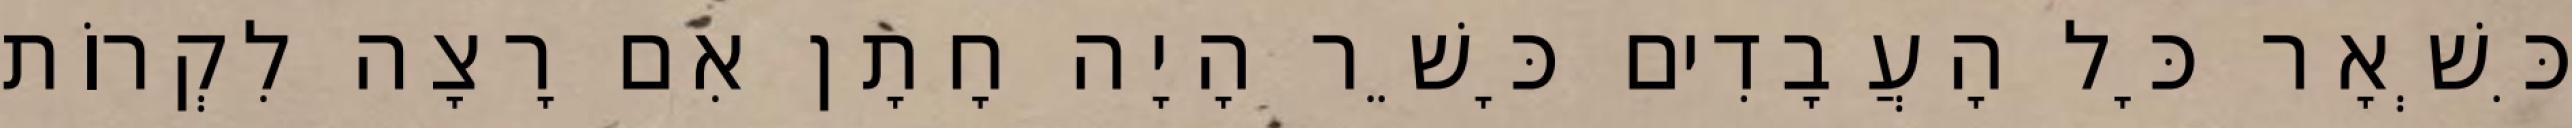
כִּשְׁאָר כָּל הָעֲבָדִים כָּשֵׁר הָיָה חָתָן אִם רָצָה לִקְרוֹת